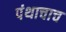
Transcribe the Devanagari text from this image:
पंथाचाच